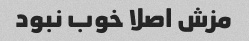
مزش اصلا خوب نبود